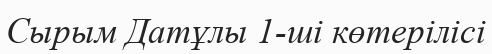
Сырым Датұлы 1-ші көтерілісі